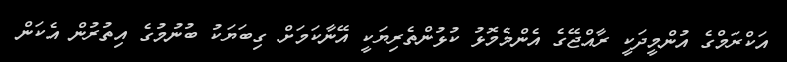
އަކްރަމްގެ އުންމީދަކީ ރާއްޖޭގެ އެންމެމޮޅު ކުޅުންތެރިޔަކީ އޭނާކަމަށް ގިބަޔަކު ބުނުމުގެ އިތުރުން އެކަން